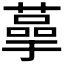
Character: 𫉞